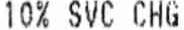
10% SVC CHG